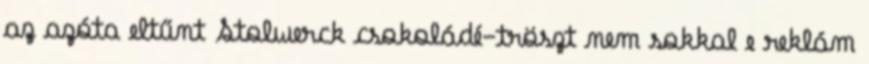
az azóta eltűnt Stolwerck csokoládé-tröszt nem sokkal e reklám